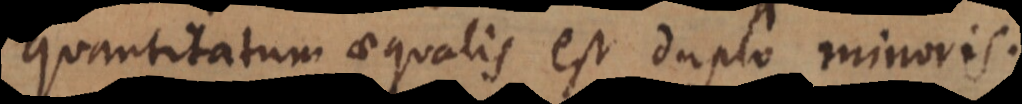
quantitatum aequalis est duplo minoris.